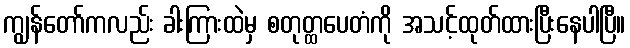
ကျွန်တော်ကလည်း ခါးကြားထဲမှ စတုတ္ထပေတံကို အသင့်ထုတ်ထားပြီးနေပါပြီ။